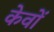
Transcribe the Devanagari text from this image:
केवों